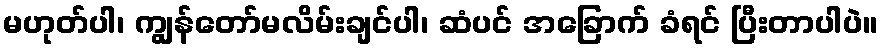
မဟုတ်ပါ၊ ကျွန်တော်မလိမ်းချင်ပါ၊ ဆံပင် အခြောက် ခံရင် ပြီးတာပါပဲ။